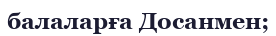
балаларға Досанмен;